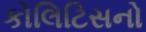
કોલિટિસનો